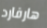
هارفارد